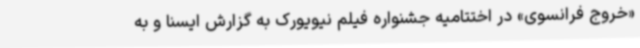
«خروج فرانسوی» در اختتامیه جشنواره فیلم نیویورک به گزارش ایسنا و به